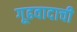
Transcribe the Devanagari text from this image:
गूढवादाची